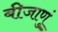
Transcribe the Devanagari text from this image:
बीजाणुं